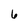
Character: 6